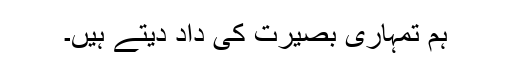
ہم تمہاری بصیرت کی داد دیتے ہیں۔